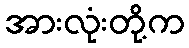
အားလုံးတို့က